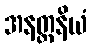
အနတ္တနိယံ